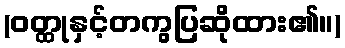
(ဝတ္ထုနှင့်တကွပြဆိုထား၏။)